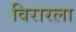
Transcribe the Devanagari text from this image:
विरारला